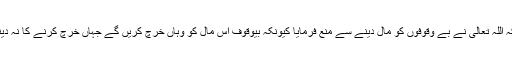
اس آیت سے یہ دلیل ملتی ہے کہ اللہ تعالیٰ نے بے وقوفوں کو مال دینے سے منع فرمایا کیونکہ بیوقوف اس مال کو وہاں خرچ کریں گے جہاں خرچ کرنے کا نہ دینی فائدہ ہے نہ دنیاوی فائدہ ہے۔